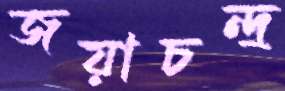
জয়াচন্দ্র